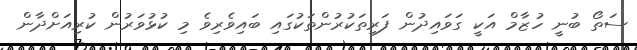
ސަތޯ ބުނީ ހުޒާމް އަކީ ގަވައިދުން ފަރިތަކުރުންތަކުގައި ބައިވެރިވެ މި ކުޅުވަރުން ކުރިއަށްދާން